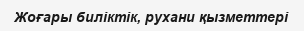
Жоғары биліктік, рухани қызметтері